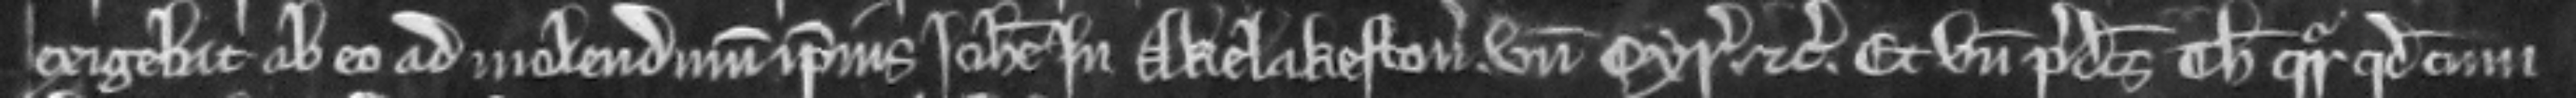
exigebat ab eo ad molendinum ipsius Johanne in Akelakeston. unde cyrographum etc. Et unde predictus Thomas queritur quod cum